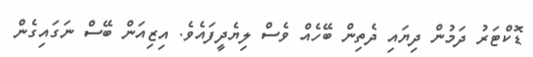
ޑޮކްޓަރު ދަމުން ދިޔައި ދެތިން ބޭހެއް ވެސް ލިޔެދީފައެވެ. އިޒިއަން ބޭސް ނަގައިގެން